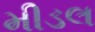
મીડલ